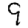
Digit: 9